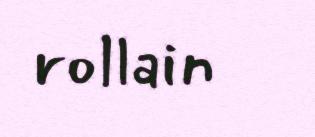
rollain